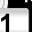
Digit: 1